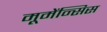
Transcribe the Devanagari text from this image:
मूमेंन्सिस